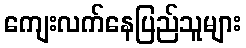
ကျေးလက်နေပြည်သူများ